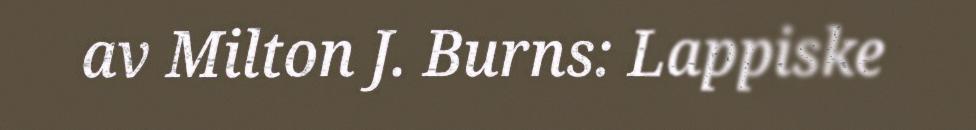
av Milton J. Burns: Lappiske